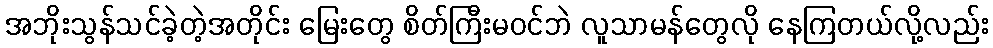
အဘိုးသွန်သင်ခဲ့တဲ့အတိုင်း မြေးတွေ စိတ်ကြီးမဝင်ဘဲ လူသာမန်တွေလို နေကြတယ်လို့လည်း